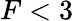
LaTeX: F<3